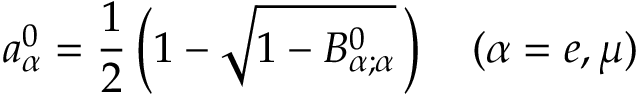
a _ { \alpha } ^ { 0 } = \frac { 1 } { 2 } \left( 1 - \sqrt { 1 - B _ { \alpha ; \alpha } ^ { 0 } } \, \right) \quad ( \alpha = e , \mu )